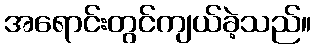
အရောင်းတွင်ကျယ်ခဲ့သည်။